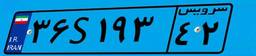
۳۶S۱۹۳۴۲